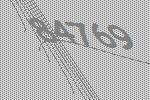
84769